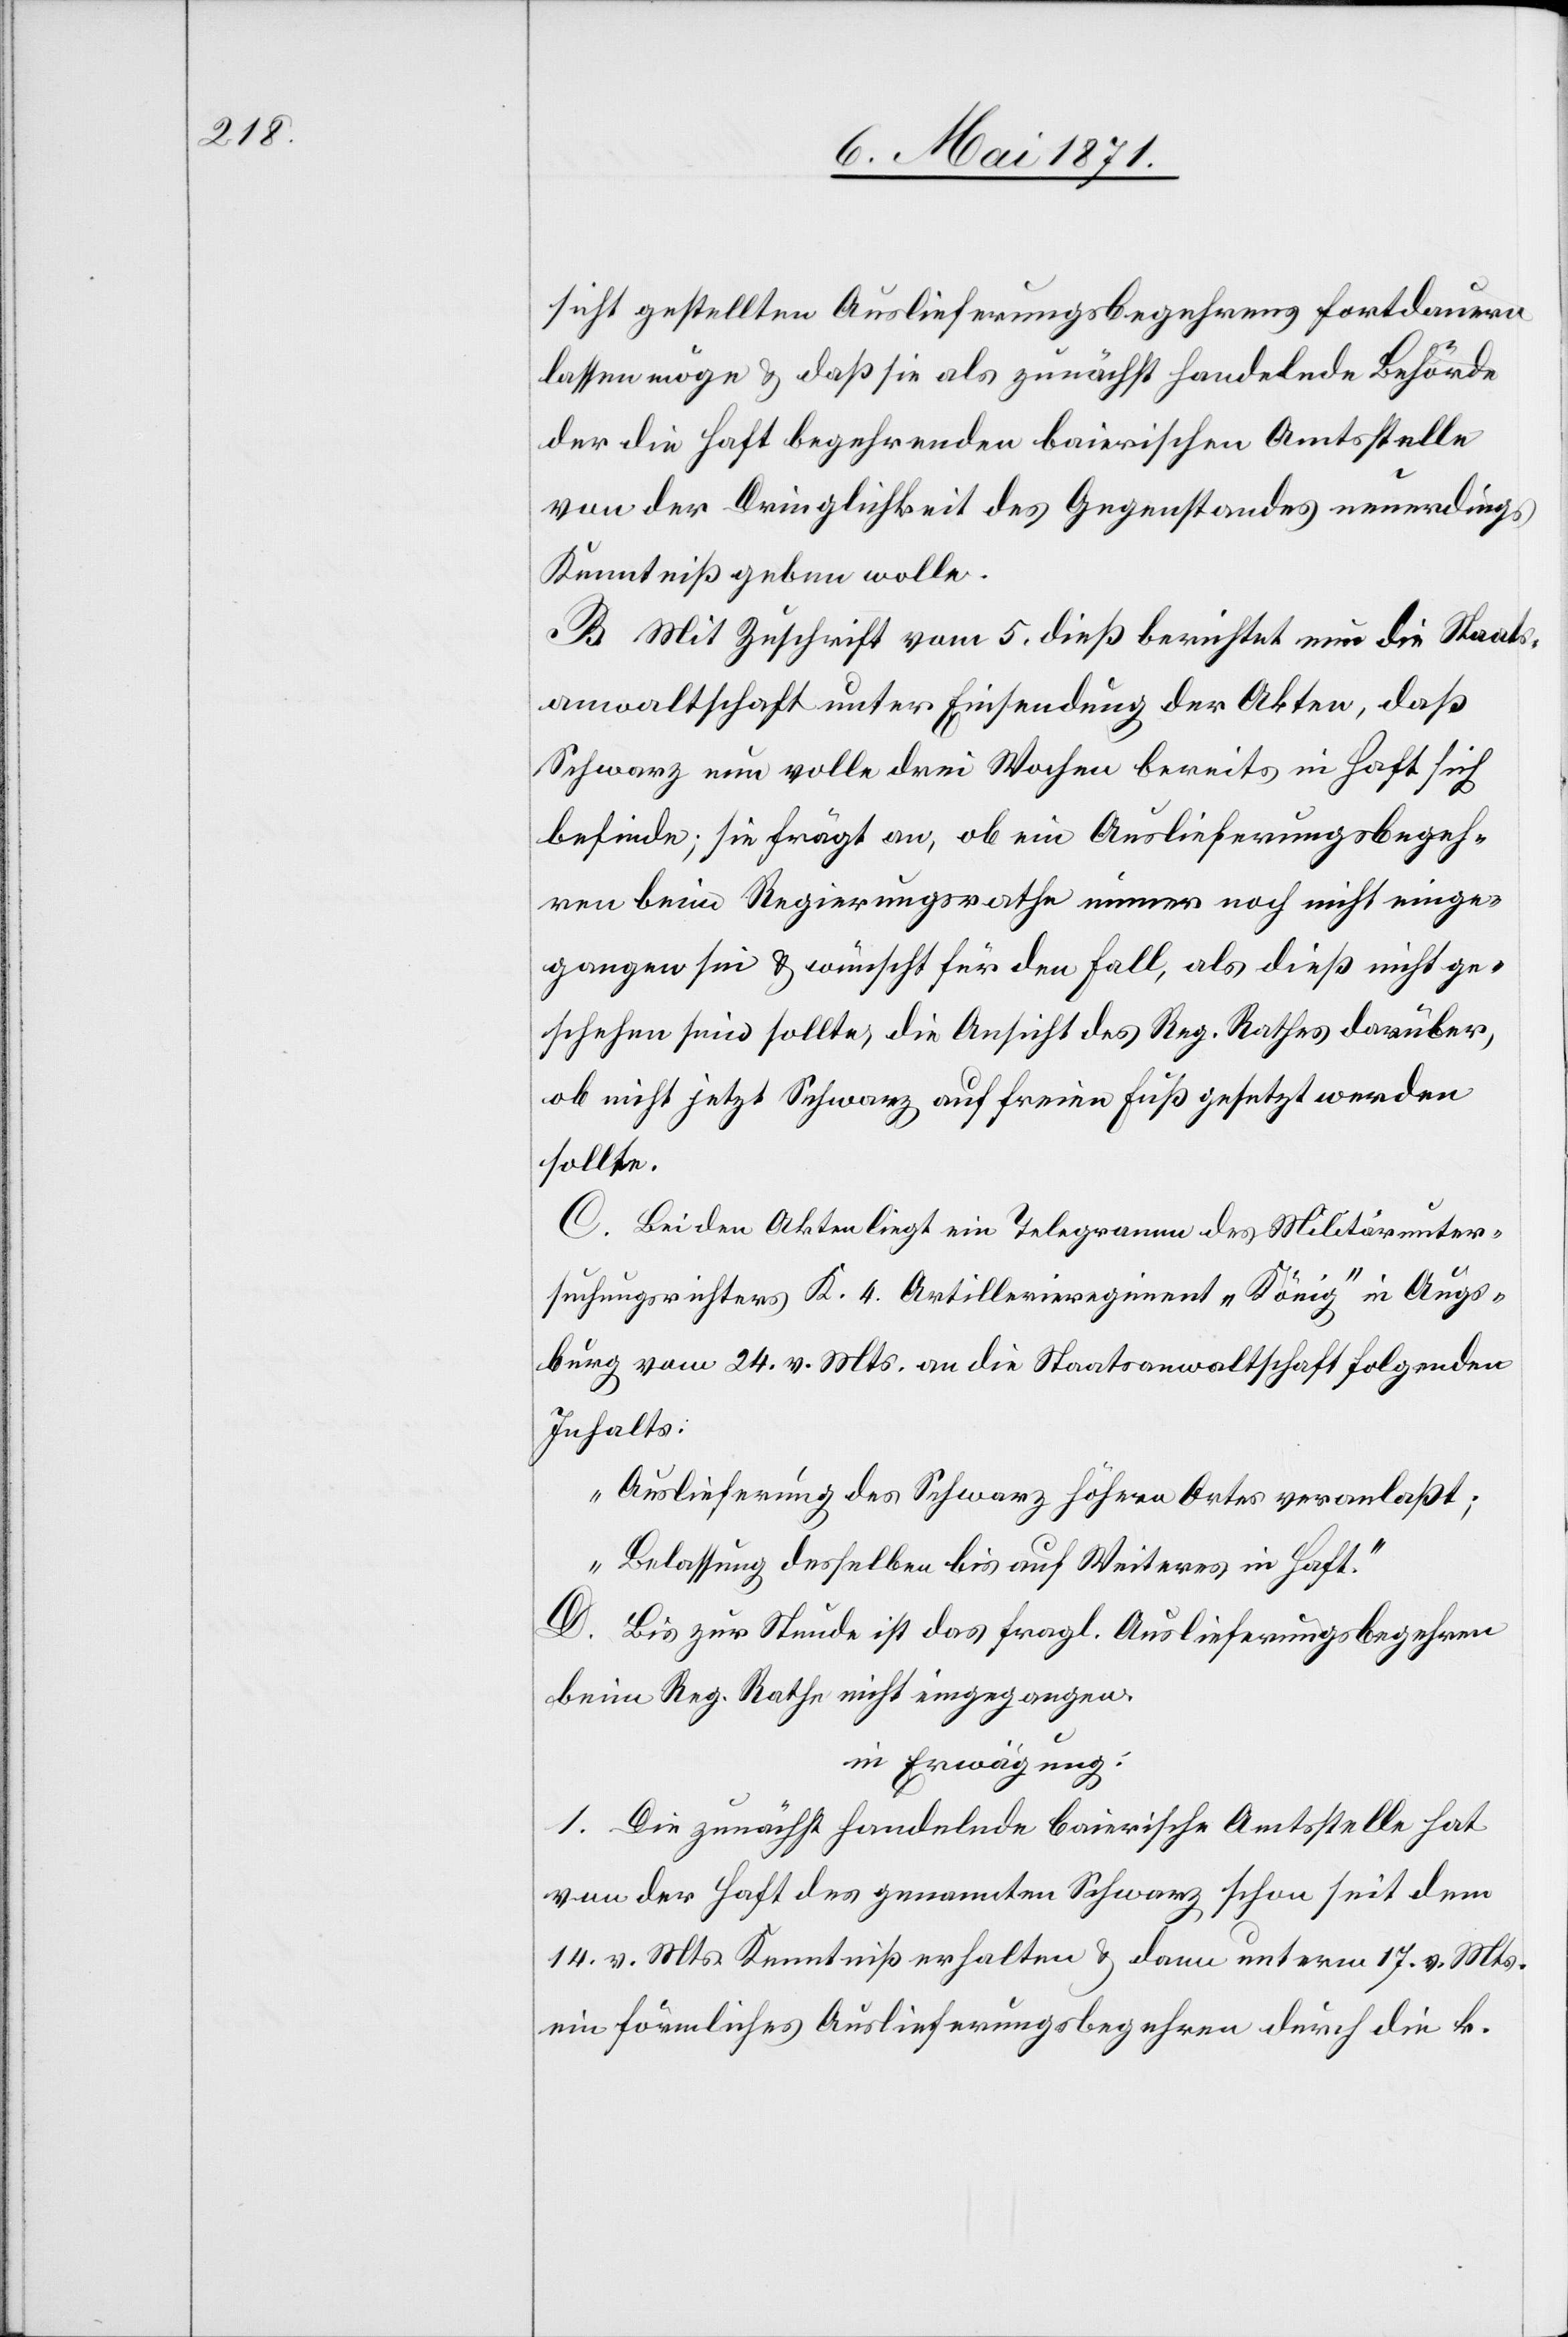
sicht gestellten Auslieferungsbegehren fortdauern
lassen möge u. daß sie als zunächst handelnde Behörde
der die Haft begehrenden baierischen Amtsstelle
von der Dringlichkeit des Gegenstandes neuerdings
Kenntniß geben wolle.
B. Mit Zuschrift vom 5. dieß berichtet nun die Staats¬
anwaltschaft unter Einsendung der Akten, daß
Schwarz um volle drei Wochen bereits in Haft sich
befinde; sie frägt an, ob ein Auslieferungsbegeh¬
ren beim Regierungsrathe immer noch nicht einge¬
gangen sei u. wünscht für den Fall, als dieß nicht ge¬
schehen sein sollte, die Ansicht des Reg. Rathes darüber,
ob nicht jetzt Schwarz auf freien Fuß gesetzt werden
sollte.
C. Bei den Akten liegt ein Telegramm des Militärunter¬
suchungsrichters K. 4 Artillerieregiment „König“ in Augs¬
burg vom 24. v. Mts. an die Staatsanwaltschaft folgenden
Inhalts:
„Auslieferung des Schwarz höhern Ortes veranlaßt;
Belassung desselben bis auf Weiteres in Haft.“
D. Bis zur Stunde ist das fragl. Auslieferungsbegehren
beim Reg. Rathe nicht eingegangen.
in Erwägung:
1. Die zunächst handelnde baierische Amtsstelle hat
von der Haft des genannten Schwarz schon seit dem
14. v. Mts. Kenntniß erhalten u. dann unterm 17. v. Mts.
ein förmliches Auslieferungsbegehren durch die k.